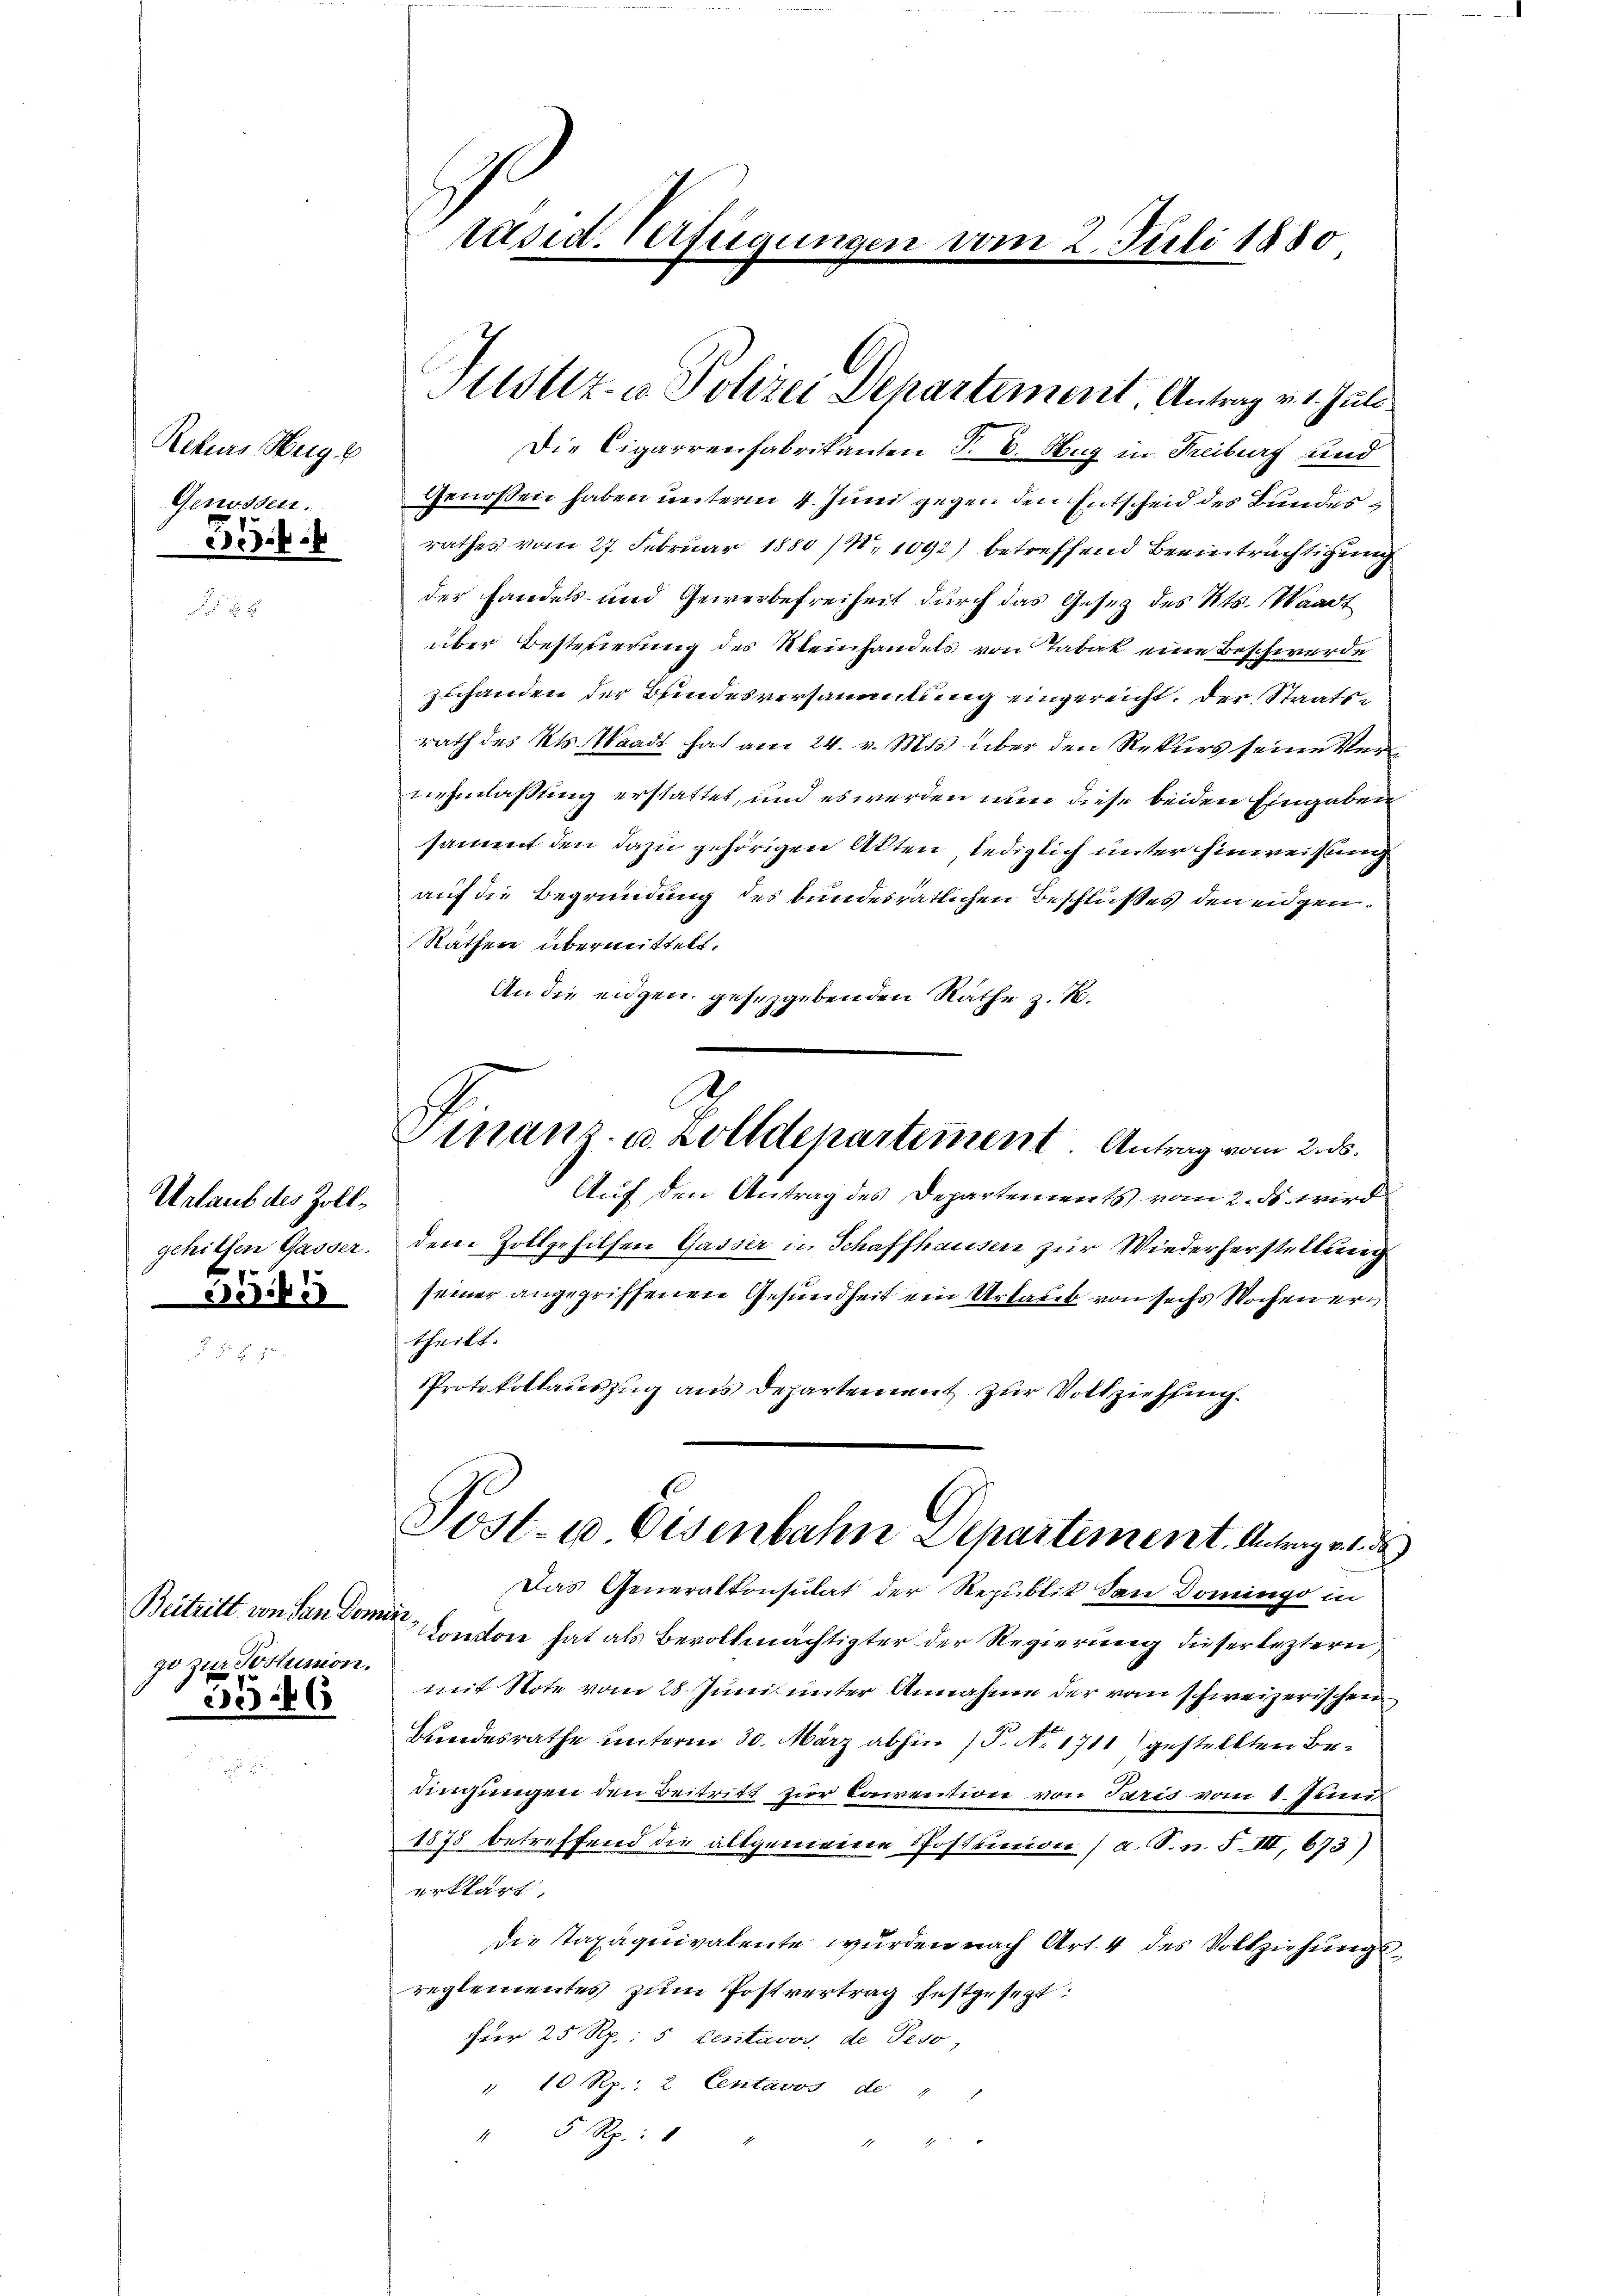
Rekurs Neigu
Genossen.
355

Urlaub des Zollgehilfen Gasser.

55

Beitritt von San Domini
go zur Postunion.
566

äsid. Verfügungen vom 2. Juli 1880

Justiz- u Polizei Departement. Antrag v. 1. Juli

Die Cigarrenfabrikanten T. v. Hug in Freiburg und
Genossen haben unterm 4. Juni gegen den Entscheid des Bundesrathes vom 27. Februar 1880 / No 1092) betreffend Beeinträchtigung
der Handels- und Gewerbefreiheit durch das Gesetz des Kts. Waadt
über Besterierung des Kleinhandels von Tabak eine Beschwerde
zuhanden der Bundesversammlung eingereicht. Der Staatsrath des Kts. Waadt hat am 24. v. Mts. über den Rekurs seine Vernehmlassung erstattet, und es werden nun diese beiden Eingaben
sammt den dazu gehörigen Akten lediglich unter Hinweisung
auf die Begründung des bundesrätlichen Beschlußes den eidgen.
Rathen übermittelt.
An die eigen gesetzgebenden Rathe z. K.
Auf den Antrag des Departements vom 2. ds. wird
dem Zollgehilfen Gasser in Schaffhausen zur Wiederherstellung
seiner angegriffenen Gesundheit ein Urlaub von sechs Wochen ertheilt.
Protokollauszug aus Departement zur Vollziehung.
Post- & Eisenbahn Departement. Antrag es de
Das Generalkonsulat der Republit den Domingo in
London hat als Bevollmächtigter der Regierung dieser lezterer
mit Note vom 28. Juni unter Annahme der vom schweizerischen
Bundesrathe unterm 30. März abhin (P. Nr. 1711) gestellten Bedingungen den Beitritt zur Convention von Paris vom 1. Juni
1878 betreffend die altgemeine Postunion (a. S. n. F. III, 673)
erklärt
die Taxäquivalente wurden nach Art. 4 des Vollziehungs-
reglementes zum Postvertrag festgesezt:
für 25 Rp.: 5 Peritavos de Peso,
" 10 Rp.: 2 Centavos de " "
" 5 Rp. :
 0 x

S.
Finanz. u. Zolldepartiment. Antrag vom 2. ds.